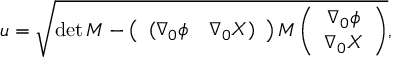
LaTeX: u = \sqrt { \operatorname * { d e t } { M } - \left( \begin{array} { c c } { { ( \nabla _ { 0 } \phi } } & { { \nabla _ { 0 } X ) } } \end{array} \right) M \left( \begin{array} { c } { { \nabla _ { 0 } \phi } } \\ { { \nabla _ { 0 } X } } \end{array} \right) } ,